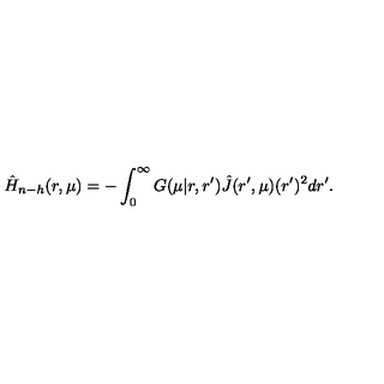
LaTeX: \hat { H } _ { n - h } ( r , \mu ) = - \int _ { 0 } ^ { \infty } G ( \mu | r , r ^ { \prime } ) \hat { J } ( r ^ { \prime } , \mu ) ( r ^ { \prime } ) ^ { 2 } d r ^ { \prime } .